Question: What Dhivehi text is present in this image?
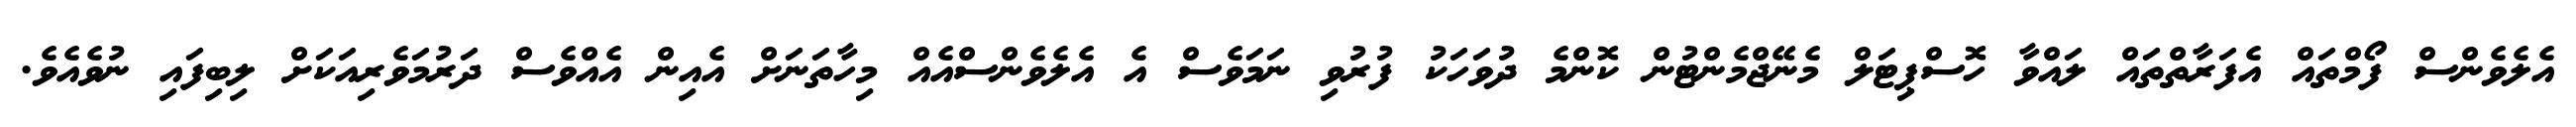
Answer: އެލެވެންސް ފޯމްތައް އެފަރާތްތައް ލައްވާ ހޮސްޕިޓަލް މެނޭޖްމެންޓުން ކޮންމެ ދުވަހަކު ފުރުވި ނަމަވެސް އެ އެލެވެންސްއެއް މިހާތަނަށް އެއިން އެއްވެސް ދަރުމަވެރިއަކަށް ލިބިފައި ނުވެއެވެ.